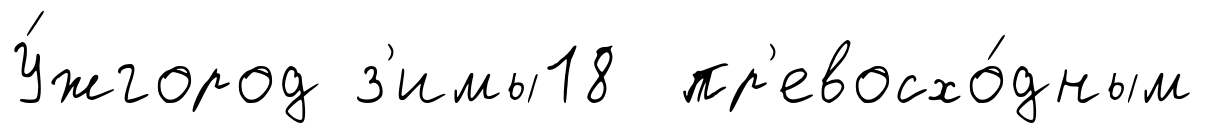
У́жгород з'имы18 пр'евосхо́дным